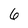
Character: 6